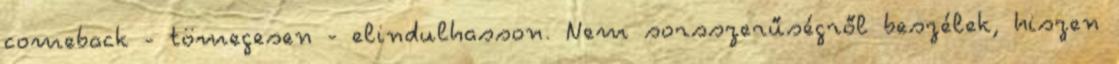
comeback - tömegesen - elindulhasson. Nem sorsszerűségről beszélek, hiszen